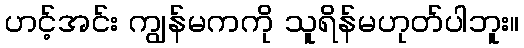
ဟင့်အင်း ကျွန်မကကို သူရိန်မဟုတ်ပါဘူး။